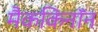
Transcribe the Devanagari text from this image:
मैककिनॉन